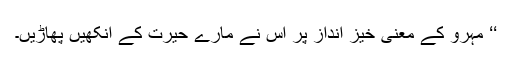
‘‘ مہرو کے معنی خیز انداز پر اس نے مارے حیرت کے آنکھیں پھاڑیں۔